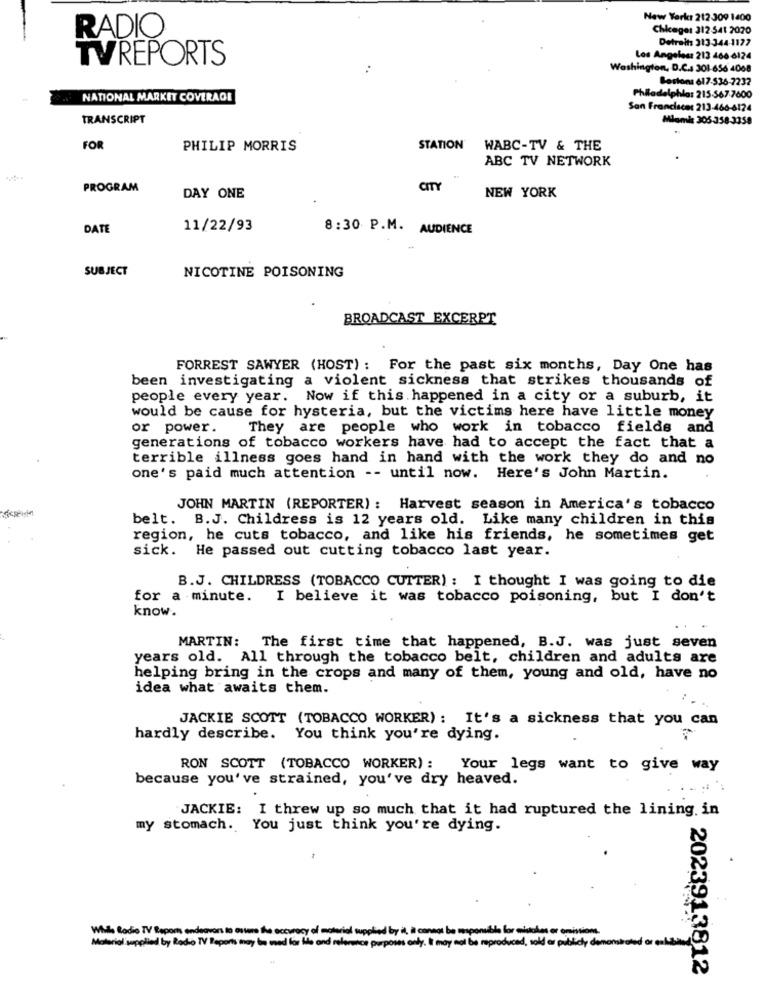
New York: 212 309 1400
RADIO
Chicage: 312 541 2070
Detroit: 313-344-1177
TVREPORTS
Los Angelest 213 466 6124
Washington, D.C .: 301-656 4068
Boston: 617-536-7237
NATIONAL MARKET COVERAGE
Philadelphia: 215-567-7600
San Franciscet 213-466-6124
TRANSCRIPT
Mamie 305-358-3358
FOR
PHILIP MORRIS
STATION
WABC-TV & THE
ABC TV NETWORK
PROGRAM
CITY
DAY ONE
NEW YORK
DATE
11/22/93
8:30 P.M. AUDIENCE
SUBJECT
NICOTINE POISONING
BROADCAST EXCERPT
FORREST SAWYER (HOST) : For the past six months, Day One has
been investigating a violent sickness that strikes thousands of
people every year. Now if this happened in a city or a suburb, it
would be cause for hysteria, but the victims here have little money
or power.
They are people who work in tobacco fields and
generations of tobacco workers have had to accept the fact that a
terrible illness goes hand in hand with the work they do and no
one's paid much attention -- until now. Here's John Martin.
JOHN MARTIN (REPORTER) : Harvest season in America's tobacco
belt. B.J. Childress is 12 years old. Like many children in this
region, he cuts tobacco, and like his friends, he sometimes get
sick. He passed out cutting tobacco last year.
B.J. CHILDRESS (TOBACCO CUTTER) : I thought I was going to die
for a minute. I believe it was tobacco poisoning, but I don't
know.
MARTIN: The first time that happened, B.J. was just seven
years old. All through the tobacco belt, children and adults are
helping bring in the crops and many of them, young and old, have no
idea what awaits them.
JACKIE SCOTT (TOBACCO WORKER) : It's a sickness that you can
hardly describe. You think you're dying.
RON SCOTT (TOBACCO WORKER): Your legs want to give way
because you've strained, you've dry heaved.
JACKIE: I threw up so much that it had ruptured the lining in
my stomach. You just think you're dying.
With Rodio TV Report endeavors is auro the accuracy of material supplied by it, it cannot be responsible for midales or omissions.
Material supplied by Radio TV Reports may be wood for the and reference purposes only. It may not be reproduced, sold or publicly demonstrated or cal
2023913812